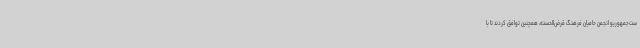
ست‌جمهوریو انجمن حامیان فرهنگ قرض‌الحسنه، همچنین توافق کردند تا با